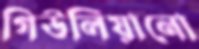
গিউলিয়ানো